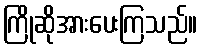
ကြိုဆိုအားပေးကြသည်။